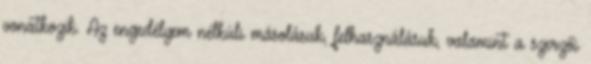
vonatkozik. Az engedélyem nélküli másolásuk, felhasználásuk, valamint a szerzői